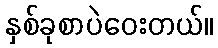
နှစ်ခုစာပဲဝေးတယ်။